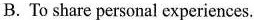
B. To share personai experiences.